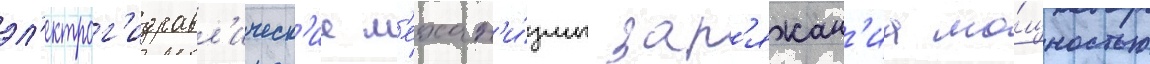
эл'ектрог'идравл'ическ'ие м'ехан'и́змы зар'яжан'иа мо́щностью